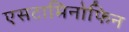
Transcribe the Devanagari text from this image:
एसटामिनोफिन